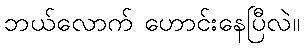
ဘယ်လောက် ဟောင်းနေပြီလဲ။